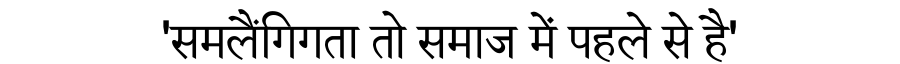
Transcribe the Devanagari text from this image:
'समलैंगिगता तो समाज में पहले से है'